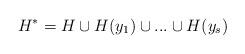
LaTeX: \begin{align*}H^* = H \cup H(y_1) \cup ... \cup H(y_s)\end{align*}